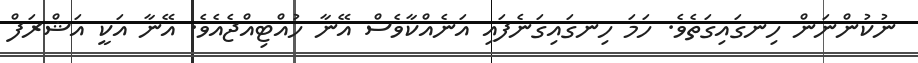
ނުކުންނަން ހިނގައިގަތެވެ. ހަމަ ހިނގައިގަނެފައި އަނެއްކާވެސް އޭނާ ހުއްޓިއްޖެއެވެ. އޭނާ އަކީ އަޝްރަފް